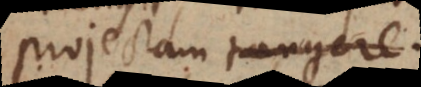
projectam, tangere